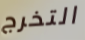
التخرج